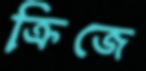
ক্রিজে